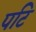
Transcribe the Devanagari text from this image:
पटि